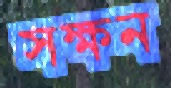
সক্ষন